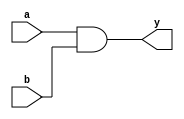
module simple_and_gate (
    input wire a,        // First input
    input wire b,        // Second input
    output wire y       // Output
);

// Continuous assignment using the assign statement
assign y = a & b;      // y is continuously assigned the logical AND of a and b

endmodule